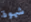
شهوة